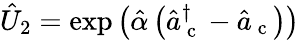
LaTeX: \hat{U}_{2}=\exp\left(\hat{\alpha}\left(\hat{a}_{\mathrm{~c~}}^{\dagger}-\hat{a}_{\mathrm{~c~}}\right)\right)